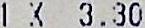
1 X 3.30